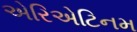
એરિએટિનમ